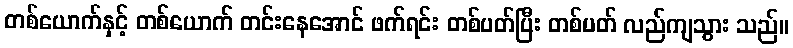
တစ်ယောက်နှင့် တစ်ယောက် တင်းနေအောင် ဖက်ရင်း တစ်ပတ်ပြီး တစ်ပတ် လည်ကျသွား သည်။